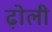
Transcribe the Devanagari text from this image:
ढ़ोली